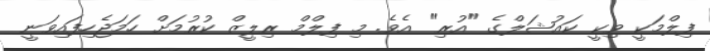
ފިލްމަކީ ވިކީ ކައުޝަލްގެ "އުރި" އެވެ. މި ފިލްމް ރިލީޒް ކުރުމަށް ހަމަޖެހިފައިވަނީ